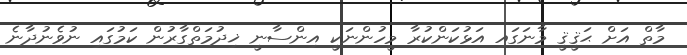
މާތް އަށް ޙަޤީޤީ މާނަގައި އަޅުކަންކުރާ މީހުންނަކީ އިންސާނީ ޚިދުމަތްގާރުން ކަމުގައި ނުވެނުދާނެ